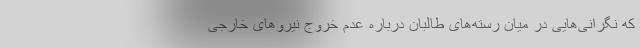
که نگرانی‌هایی در میان رسته‌های طالبان درباره عدم خروج نیروهای خارجی